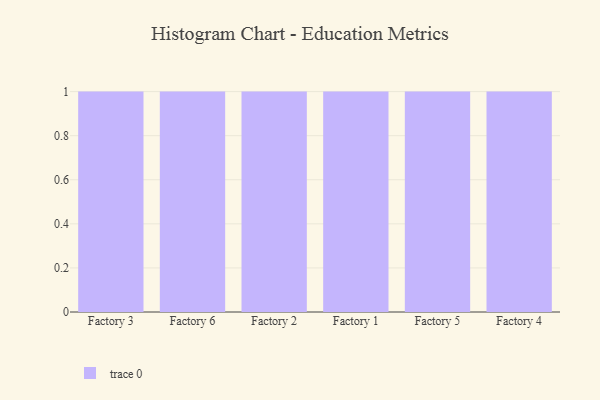
{"axis": {"x": "Factory", "y": "Customer Acquisition Cost (USD)"}, "legend": [""], "data": [{"x": "Factory 3", "y": 66, "type": ""}, {"x": "Factory 6", "y": 10, "type": ""}, {"x": "Factory 2", "y": 62, "type": ""}, {"x": "Factory 1", "y": 11, "type": ""}, {"x": "Factory 5", "y": 99, "type": ""}, {"x": "Factory 4", "y": 13, "type": ""}]}